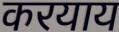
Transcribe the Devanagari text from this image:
करयाय